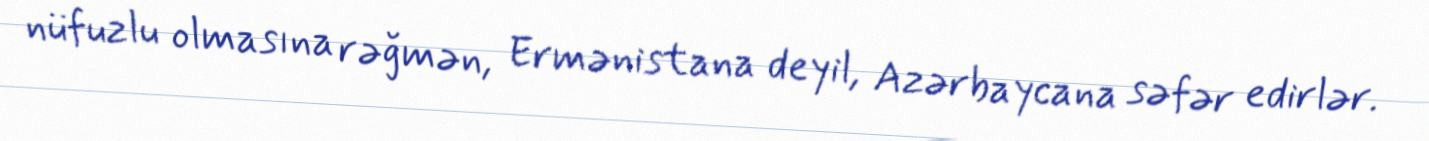
nüfuzlu olmasına rəğmən, Ermənistana deyil, Azərbaycana səfər edirlər.